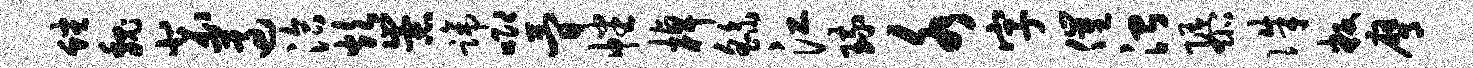
蟠魏裴遵洽炊崇蹄唧简幡棹繇江琉水字催治隳侏叛膺